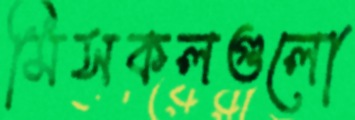
মিসকলগুলো